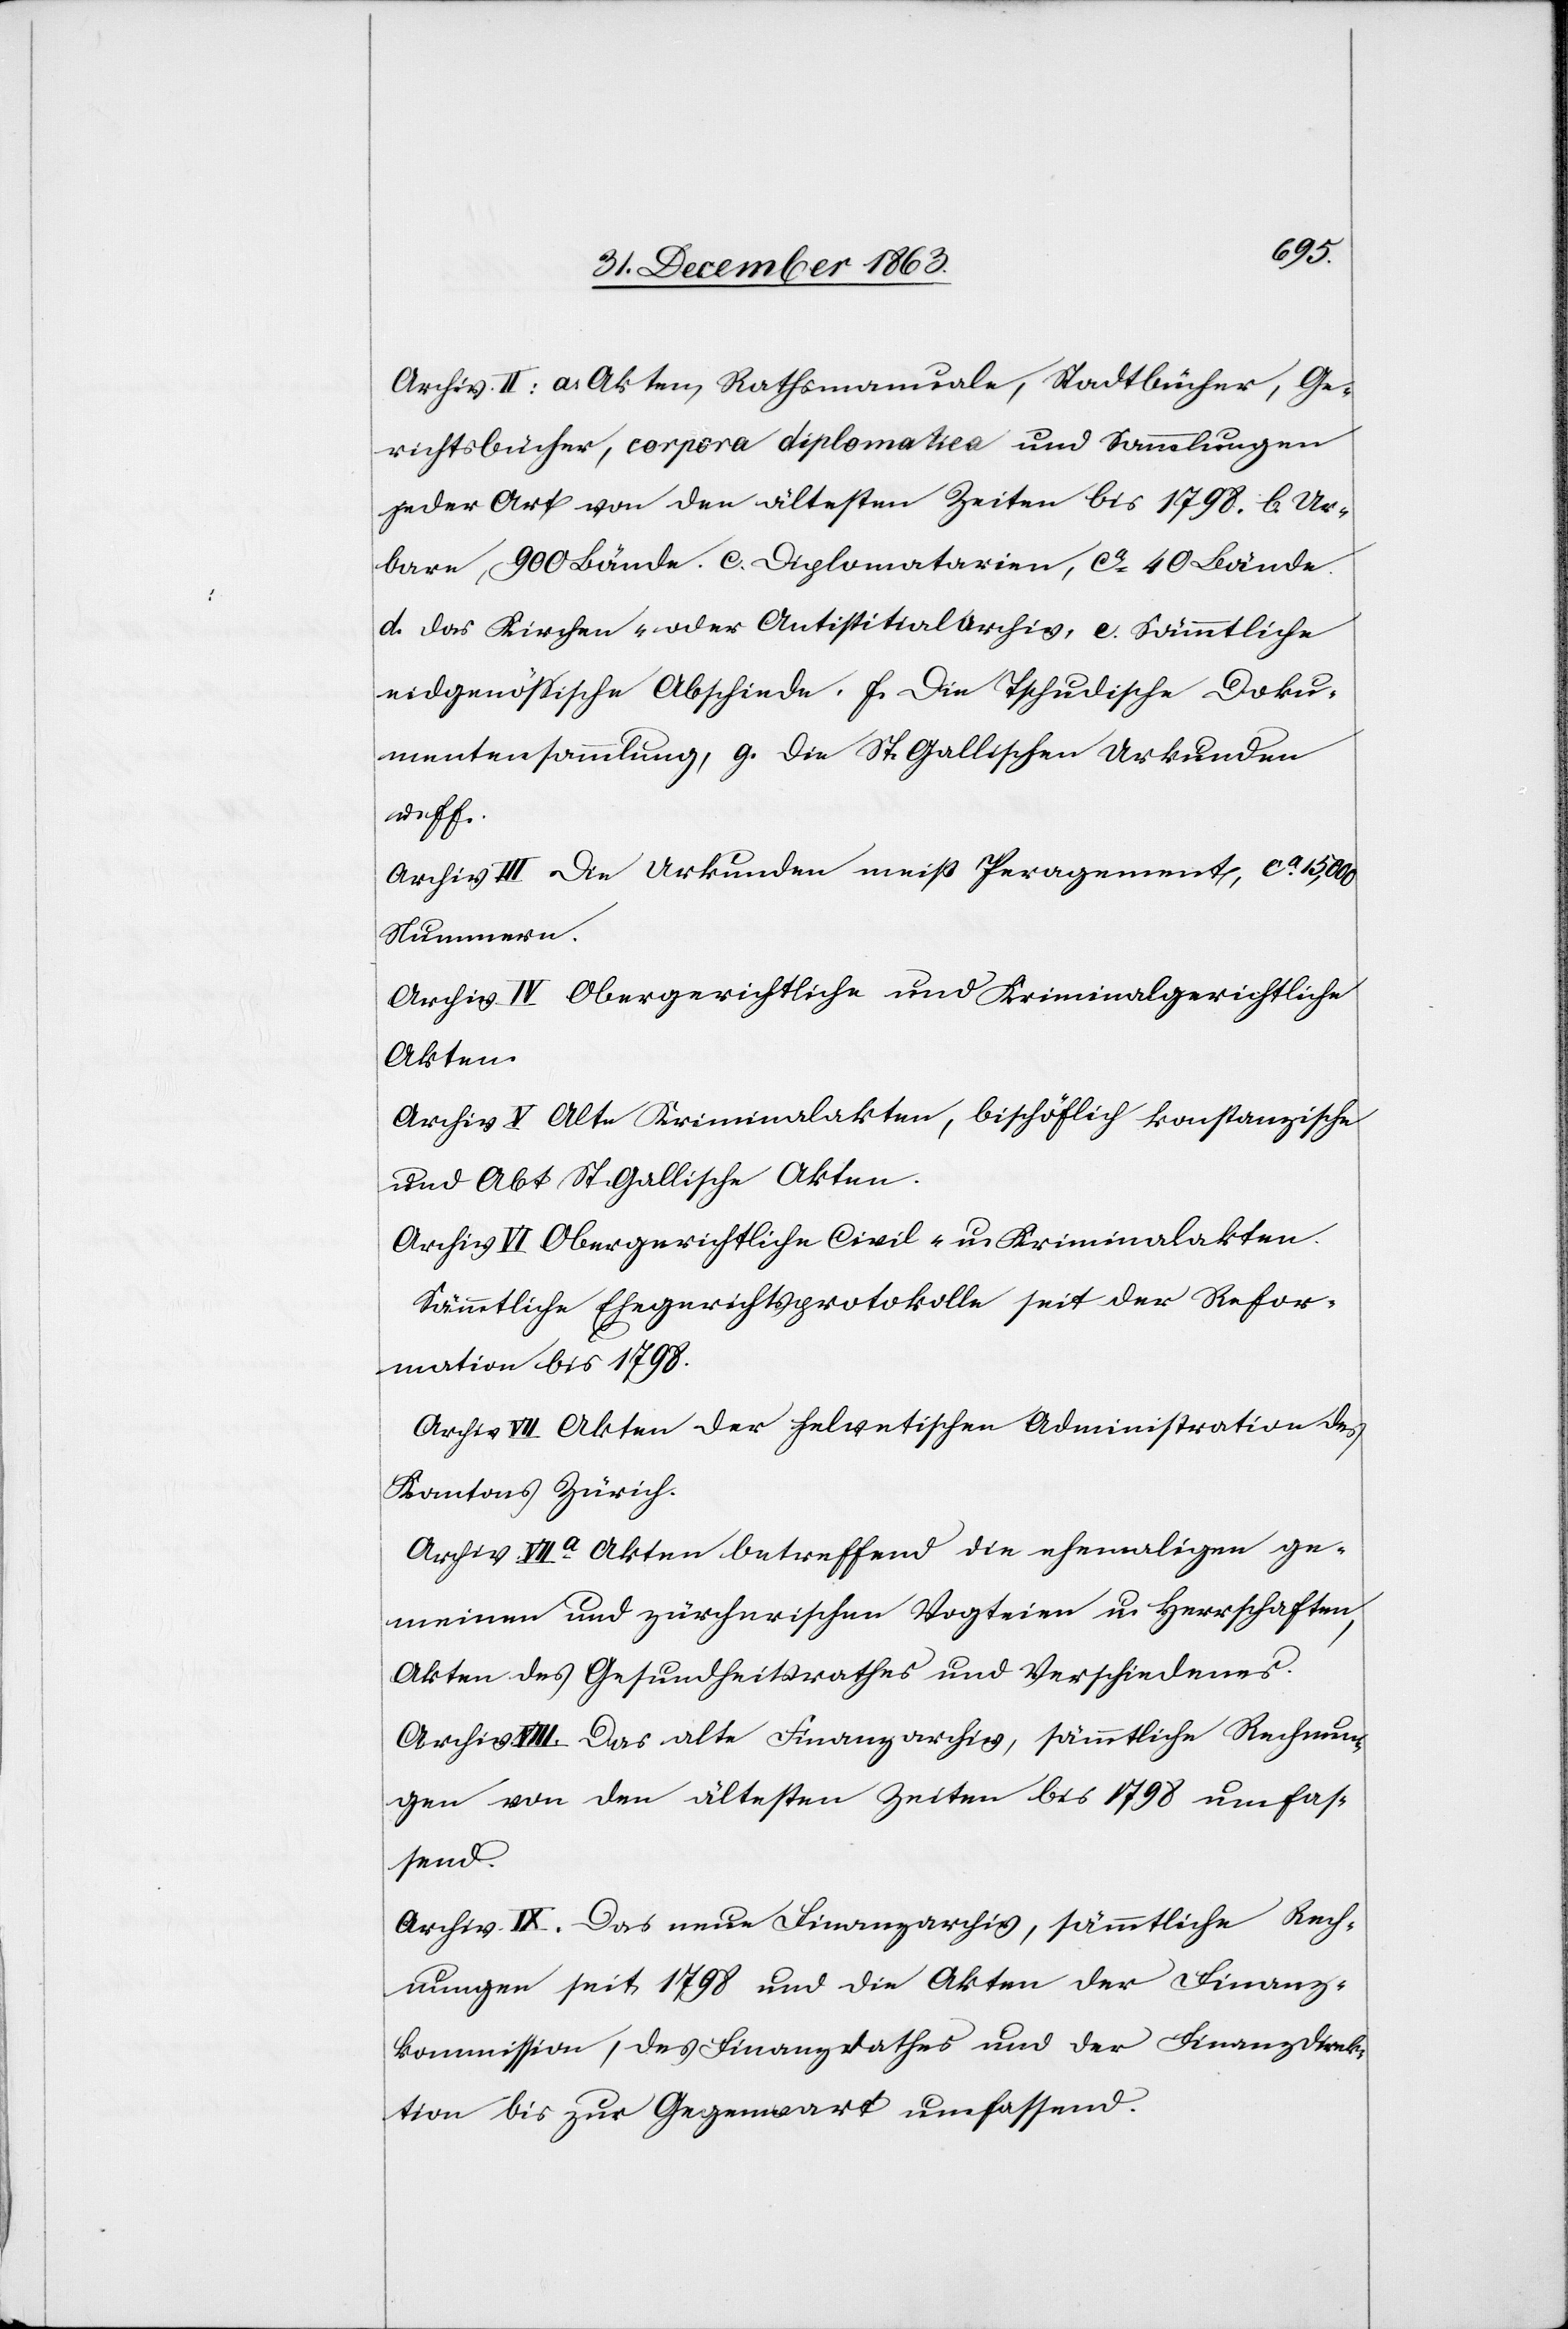
Archiv II: a. Akten, Rathsmanuale, Stadtbücher, Ge¬
richtsbücher, corpora diplomatica und Sammlungen
jeder Art von den ältesten Zeiten bis 1798. b. Ur¬
bare, 900 Bände. c. Diplomatarien, ca 40 Bände.
d. Das Kirchen- oder Antistitialarchiv, e. Sämmtliche
eidgenössische Abschiede. f. Die Tschudische Doku¬
mentensammlung, g. Die St. Gallischen Urkunden
u. ff.
Archiv III. Die Urkunden meist Pergament, ca 15,000
Nummern.
Archiv IV. Obergerichtliche und Kriminalgerichtliche
Akten.
Archiv V. Alte Kriminalakten, bischöflich konstanzische
und Abt St. Gallische Akten.
Archiv VI. Obergerichtliche Civil- u. Kriminalakten.
Sämmtliche Ehegerichtsprotokolle seit der Refor¬
mation bis 1798.
Archiv VII. Akten der helvetischen Administration des
Kantons Zürich.
Archiv VIIa. Akten betreffend die ehemaligen ge¬
meinen und zürcherischen Vogteien u. Herrschaften,
Akten des Gesundheitsrathes und Verschiedenes.
Archiv. VIII. Das alte Finanzarchiv, sämmtliche Rechnun¬
gen von den ältesten Zeiten bis 1798 umfas¬
send.
Archiv. IX. Das neue Finanzarchiv, sämmtliche Rech¬
nungen seit 1798 und die Akten der Finanz¬
kommission, des Finanzrathes und der Finanzdirek¬
tion bis zur Gegenwart umfassend.